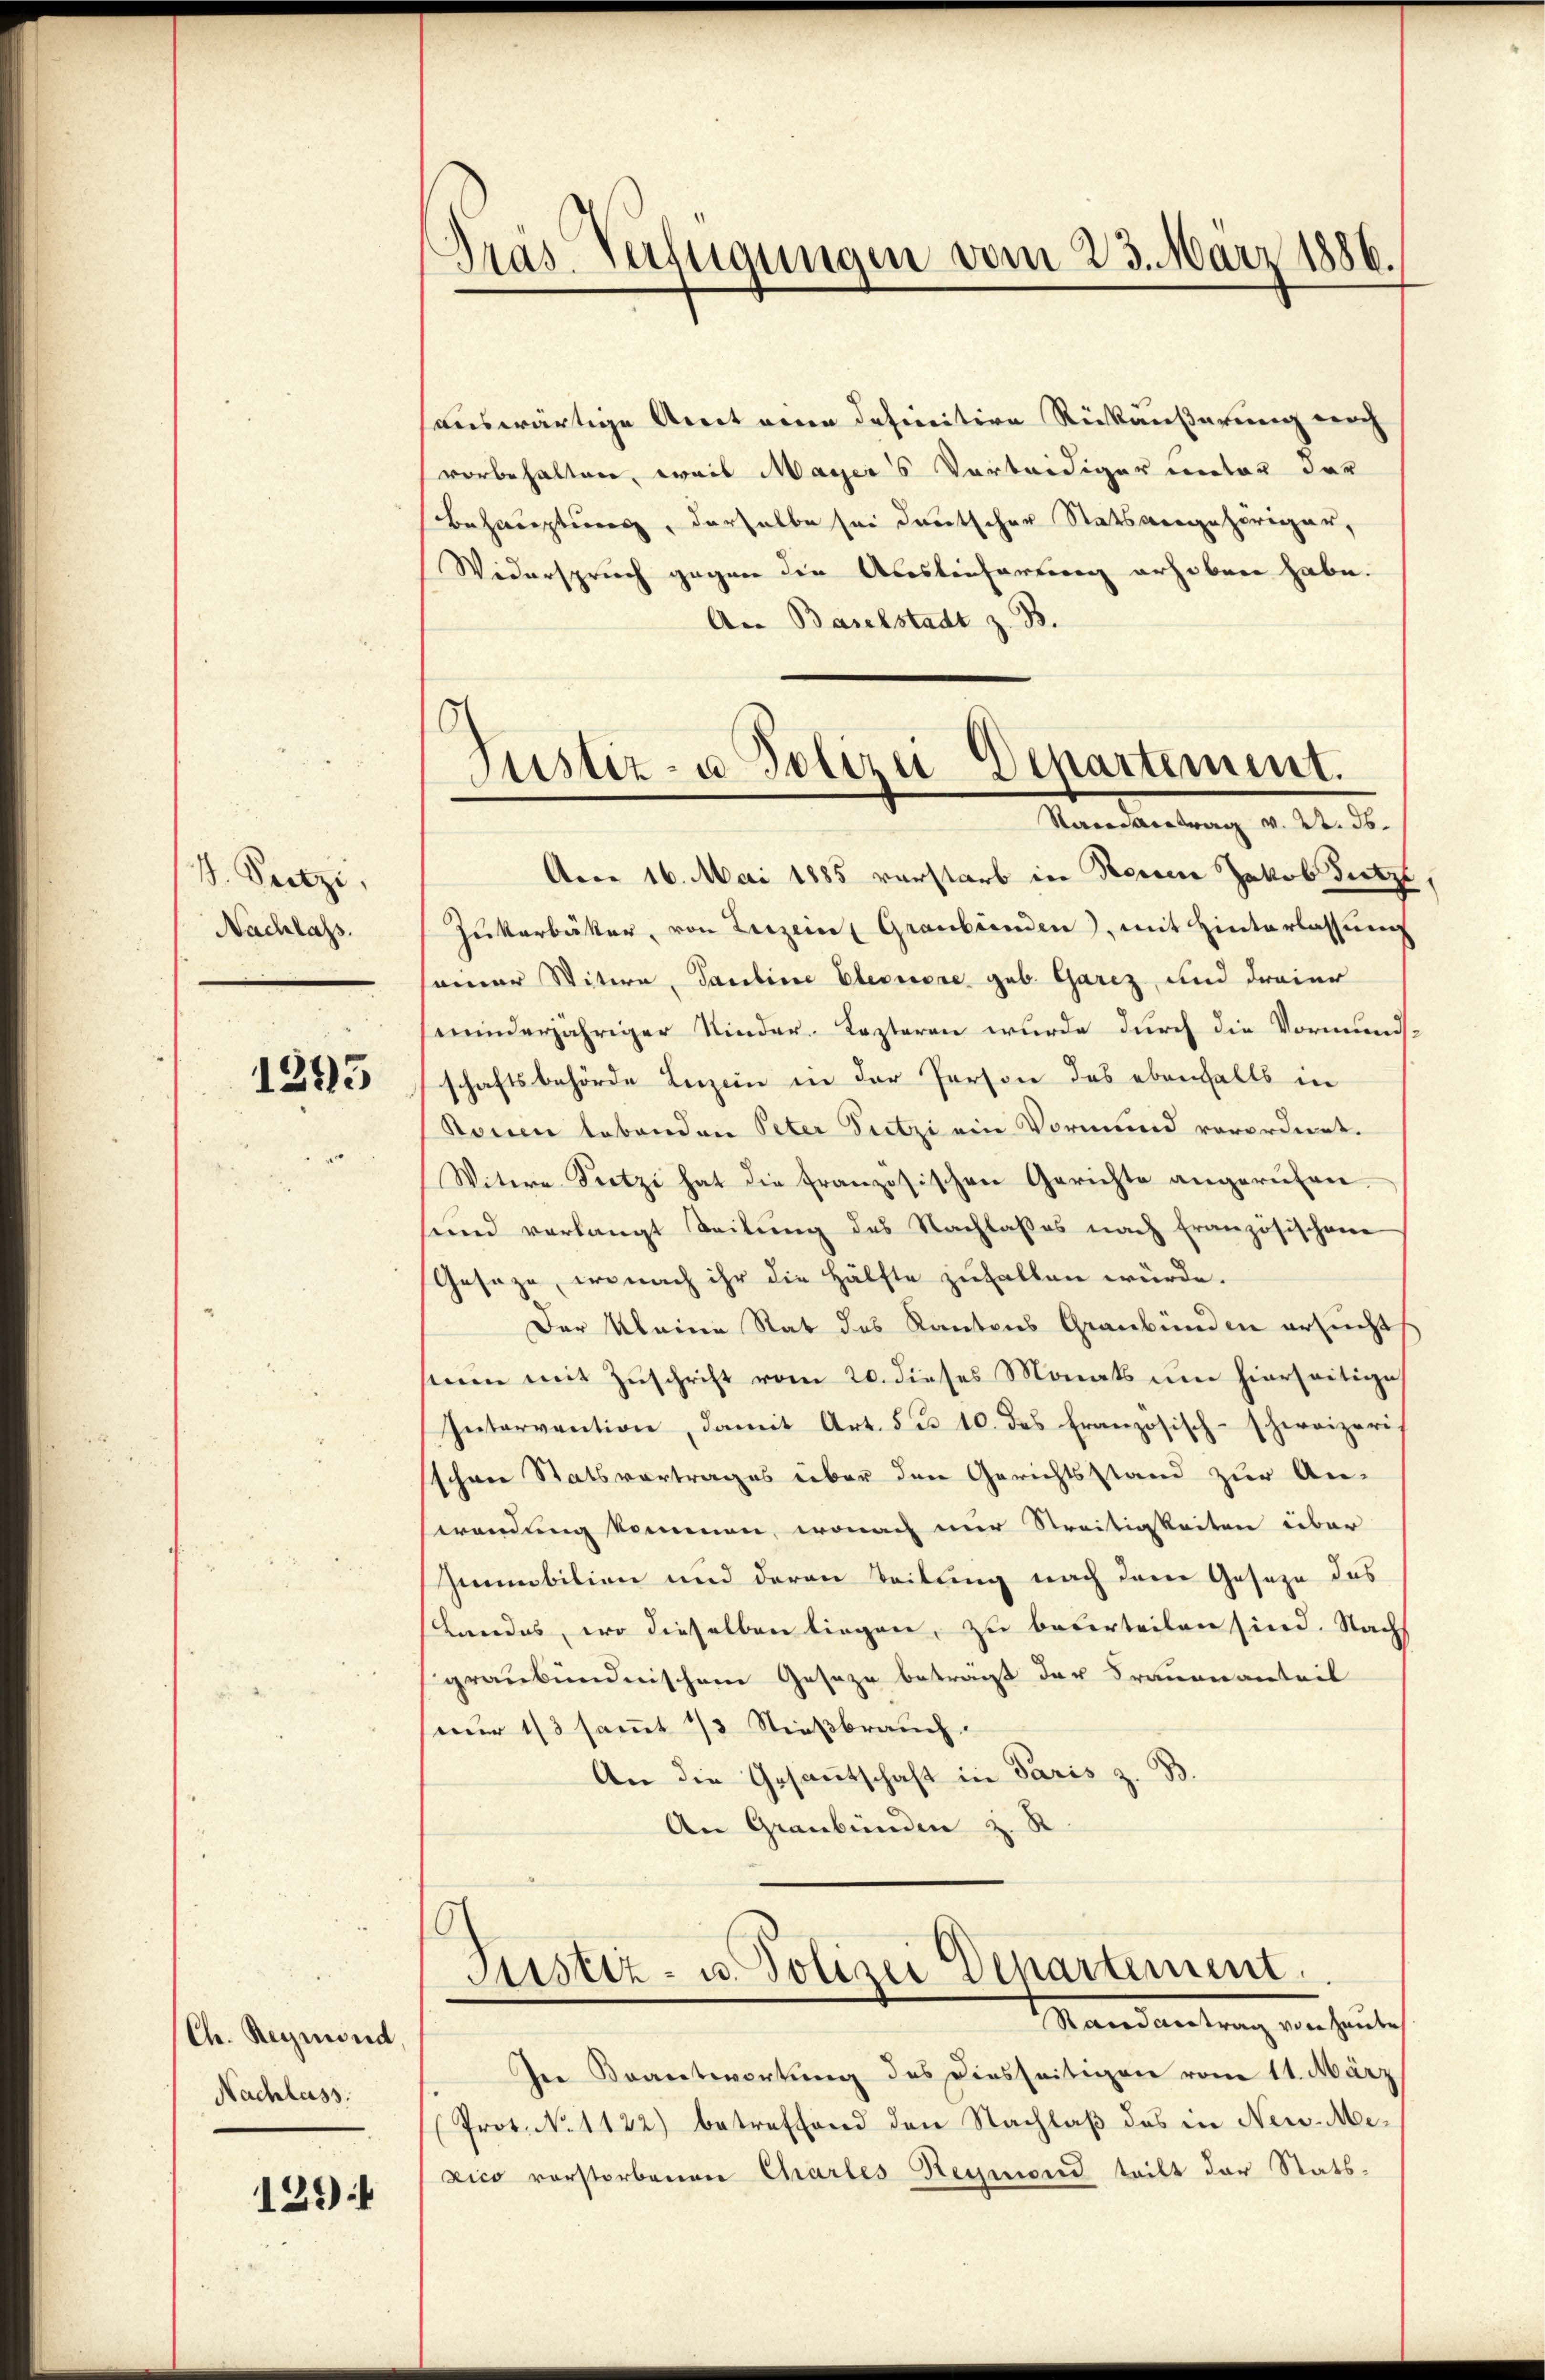
V. Peetze,
Nachlass.

1295

Ch. Reymond
Nachlass.

129

Tras Verfügungen vom 23. März 1886.

5
Justiz- u. Polizei-Departement.
Samantrag v. 22. ds.

sauswärtige Areit eine definitive Rückäußerung noch
vorbehalten, weil Mayer's Vorteidiger unter der
Behauptung, derselbe sei deutscher Statsvergehöriger,
Widerspruch gegen die Auslieferung erhoben habe.
An Baselstadt z. B.
Aren 16. Mai 1885 vorstarb in Reisen Jakob Dietzt
Zukerbäker, von Luzern Graubünden), mit Hinterlassŭng
seiner Witwe, Pauline Eleonore geb. Garez, und dreier
minderjähriger Kinder-Kezteren wurde durch die Vormundsschaftsbehörde Luzern in der Person des ebenfalls in
Ronen lebenden Peter Fitzi ein Vormund verordnet.
Witwe Sitzi hat die französischen Gerichte angerufen.
sund verlangt Teilung des Nachlasses nach Französischene
Geseze, wonach ihr die Hälfte zuhalten würde.
Der Kleine Rat des Kantons Graubünden ersucht
nun mit Zuschrift vom 20. dieses Monats um hierseitige
Intervention, damit Art. 5 u. 10. des französisch-schweizeri
schene Statsvertrages über den Gerichtsstand zur An-
wendung kommen, wonach nur Streitigkeiten über
Immobilien und deren Teilung nach dem Geseze des
slandes, wo dieselben liegen, zu beserteilen sind. Nach
graubündnischem Geseze beträgt der Trauenanteil
nur 1/3 samt 13 Stießbrauch
An die Gesantschaft in Paris z. B.
An Graubünden z. R.

Justiz- u. Polizei Departement.
Stand antrag von heute

In Brantwortung des Diesseitigen vom 11. März
Prot. N. 1122) betreffend den Nachlaß des in Neu-Mezico vorstorbenen Chartes Reymond teilt der Stats¬